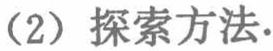
(2) 探索方法.